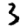
Digit: 3